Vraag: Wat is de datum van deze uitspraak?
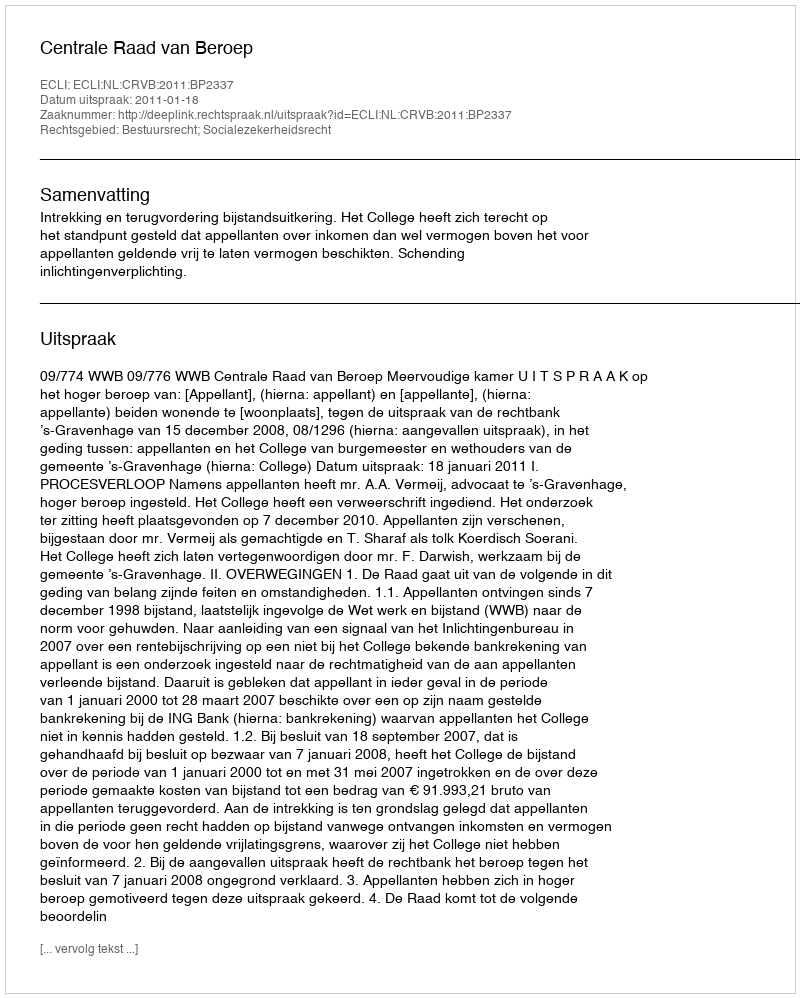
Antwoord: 2011-01-18